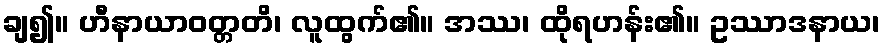
ချ၍။ ဟီနာယာဝတ္တတိ၊ လူထွက်၏။ အဿ၊ ထိုရဟန်း၏။ ဥဿာဒနာယ၊